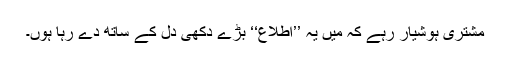
مشتری ہوشیار رہے کہ میں یہ ’’اطلاع‘‘ بڑے دُکھی دل کے ساتھ دے رہا ہوں۔